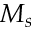
M _ { s }